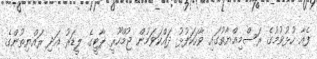
ފެއާ ހުޅުވުމުގެ ރަސްމިއްޔާތުގައި ވާހަކަފުޅު ދައްކަވަމުން ޖުމްހޫރީ ޕާޓީގެ ލީޑަރު އަދި ރައްޔިތުންގެ